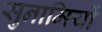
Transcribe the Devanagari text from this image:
सुनामियों